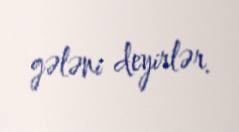
gələni deyirlər.